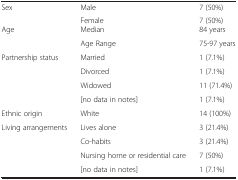
| <COLSPAN=3>  |
 | --- | --- | --- |
 | Sex | Male | 7 (50%) |
 |  | Female | 7 (50%) |
 | Age | Median | 84 years |
 |  | Age Range | 75-97 years |
 | <ROWSPAN=4> Partnership status | Married | 1 (7.1%) |
 | Divorced | 1 (7.1%) |
 | Widowed | 11 (71.4%) |
 | [no data in notes] | 1 (7.1%) |
 | Ethnic origin | White | 14 (100%) |
 | <ROWSPAN=3> Living arrangements | Lives alone | 3 (21.4%) |
 | Co-habits | 3 (21.4%) |
 | Nursing home or residential care | 7 (50%) |
 |  | [no data in notes] | 1 (7.1%) |